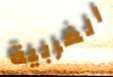
الغربية